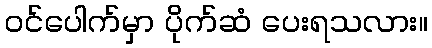
ဝင်ပေါက်မှာ ပိုက်ဆံ ပေးရသလား။